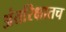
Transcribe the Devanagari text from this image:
अंतरिक्षातच